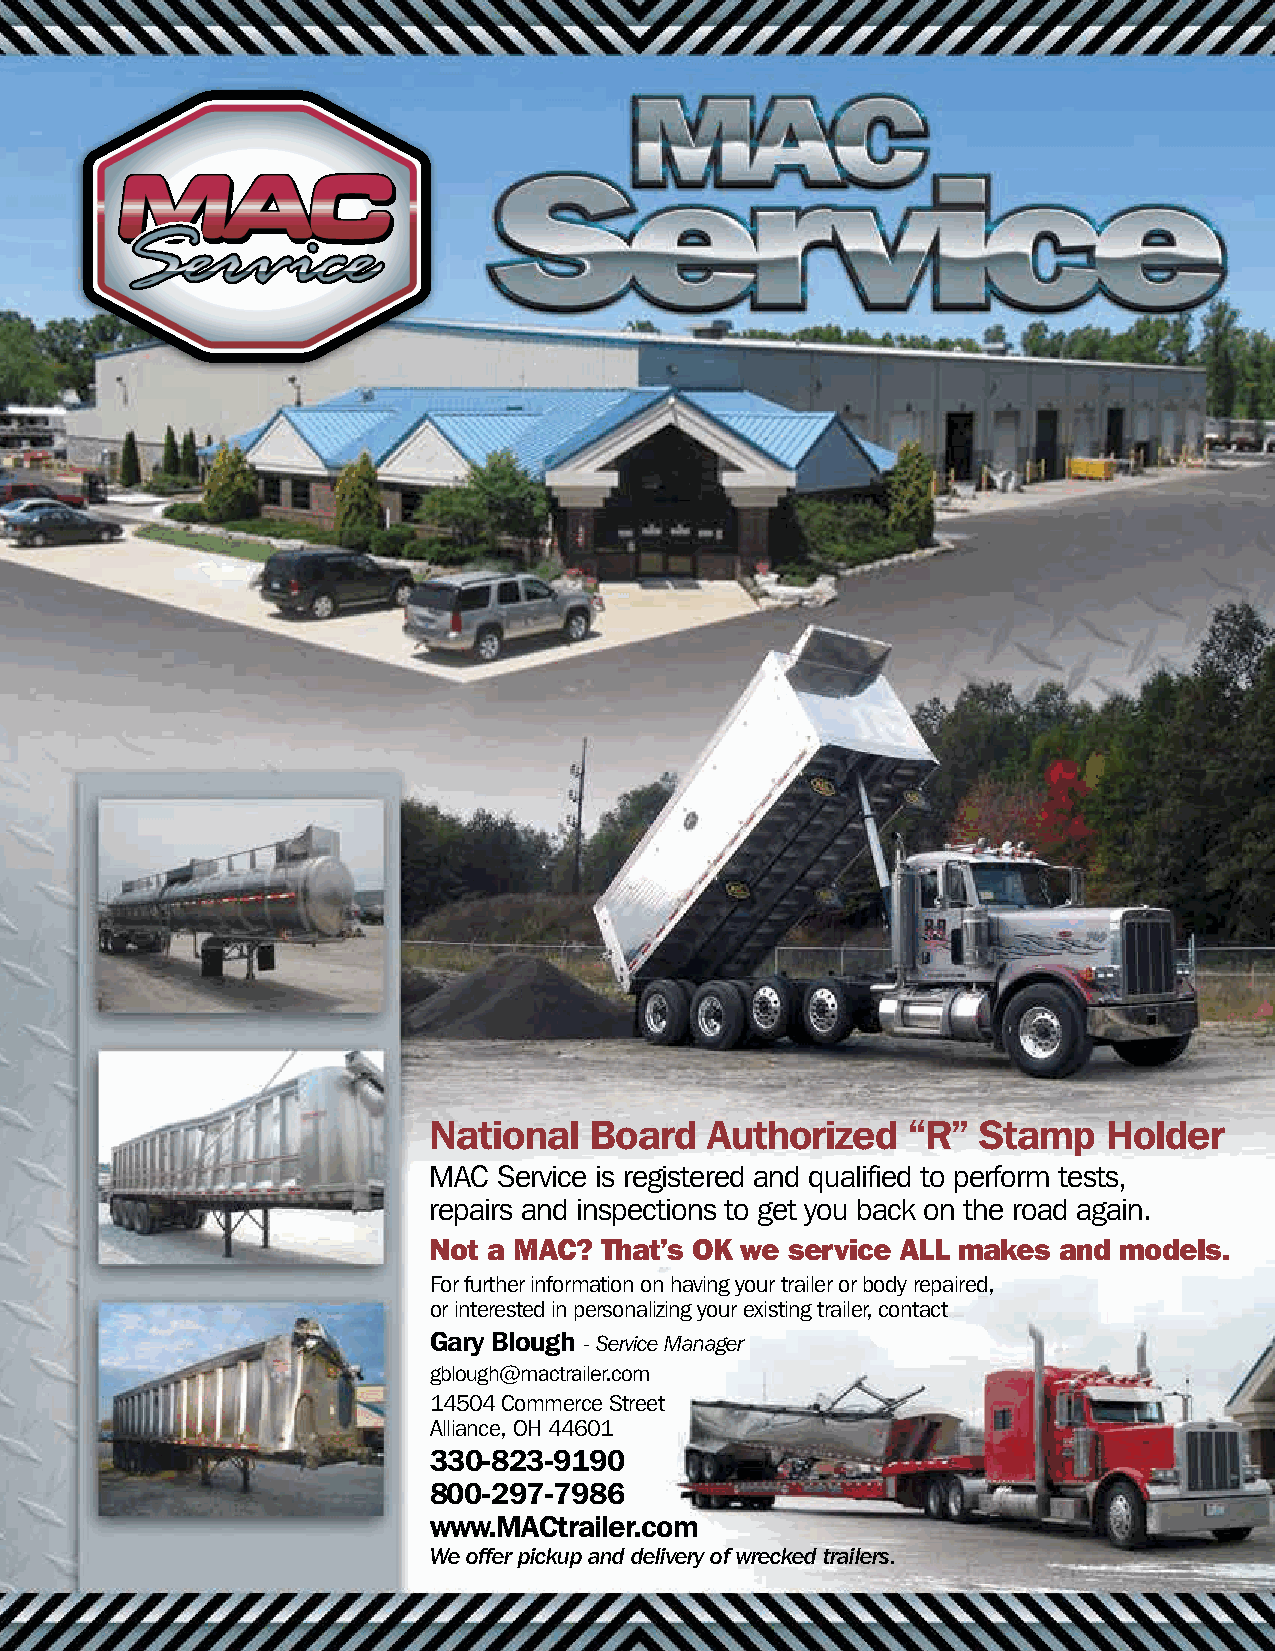
MACService-RStamp.pdf 2/18/12 12:49:44 PM
 C
 M
 Y
 CM
 MY
 CY
 CMY
 K
 National   Board   Authorized   “R”  Stamp   Holder
 MAC  Service is registered and qualified to perform tests,
 repairs and inspections to get you back on the road again.
 Not a MAC?  That’s OK we service ALL makes and models.
 For further information on having your trailer or body repaired,
 or interested in personalizing your existing trailer, contact
 Gary Blough - Service Manager
 gblough@mactrailer.com
 14504 Commerce Street
 Alliance, OH 44601
 330-823-9190
 800-297-7986
 www.MACtrailer.com
 We offer pickup and delivery of wrecked trailers.